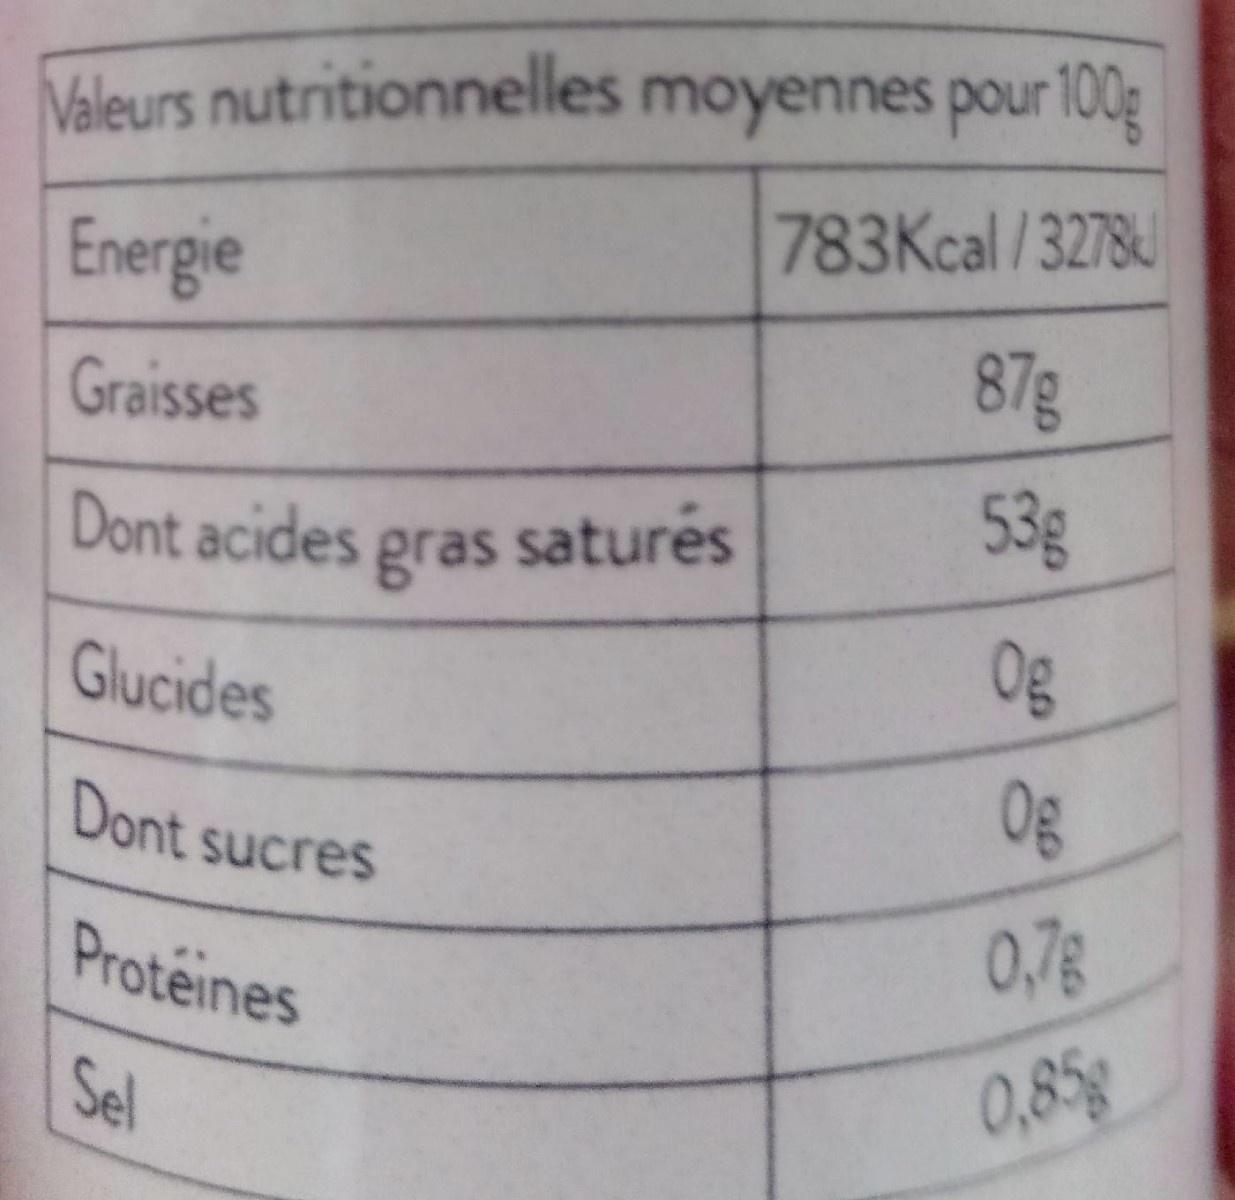
Valeurs nutritionnelles moyennes pour 100g
Energie
783Kcal/3278
Graisses
87g
Dont acides gras satures
53g
Glucides
Og
Dont sucres
0g
Proteines
0,78
Sel
0,85g